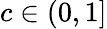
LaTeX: c\in(0,1]